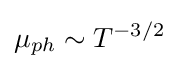
{\mu }_{ph}\sim T^{-3/2}